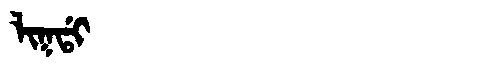
Manchu: ᠯᡳᡴᡩᡳ
Romanization: LIKDI